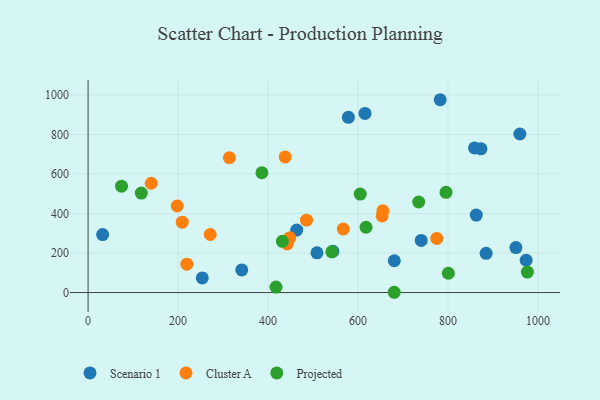
{"axis": {"x": "Investment", "y": "Profit"}, "legend": ["Cluster A", "Projected", "Scenario 1"], "data": [{"x": "32.3", "y": 293.5, "type": "Scenario 1"}, {"x": "884.8", "y": 198.6, "type": "Scenario 1"}, {"x": "973.8", "y": 163.6, "type": "Scenario 1"}, {"x": "544.2", "y": 209.1, "type": "Scenario 1"}, {"x": "680.7", "y": 161.0, "type": "Scenario 1"}, {"x": "341.6", "y": 114.4, "type": "Scenario 1"}, {"x": "862.9", "y": 392.3, "type": "Scenario 1"}, {"x": "959.8", "y": 802.7, "type": "Scenario 1"}, {"x": "615.5", "y": 907.0, "type": "Scenario 1"}, {"x": "951.0", "y": 227.8, "type": "Scenario 1"}, {"x": "253.8", "y": 73.9, "type": "Scenario 1"}, {"x": "873.3", "y": 727.8, "type": "Scenario 1"}, {"x": "740.5", "y": 264.1, "type": "Scenario 1"}, {"x": "859.0", "y": 732.3, "type": "Scenario 1"}, {"x": "578.6", "y": 887.4, "type": "Scenario 1"}, {"x": "782.7", "y": 976.3, "type": "Scenario 1"}, {"x": "508.8", "y": 201.1, "type": "Scenario 1"}, {"x": "463.7", "y": 316.3, "type": "Scenario 1"}, {"x": "438.1", "y": 686.9, "type": "Cluster A"}, {"x": "655.2", "y": 413.6, "type": "Cluster A"}, {"x": "653.6", "y": 388.2, "type": "Cluster A"}, {"x": "485.6", "y": 366.5, "type": "Cluster A"}, {"x": "567.3", "y": 321.7, "type": "Cluster A"}, {"x": "448.3", "y": 276.9, "type": "Cluster A"}, {"x": "219.6", "y": 143.9, "type": "Cluster A"}, {"x": "209.3", "y": 356.3, "type": "Cluster A"}, {"x": "314.1", "y": 682.4, "type": "Cluster A"}, {"x": "442.6", "y": 246.4, "type": "Cluster A"}, {"x": "271.5", "y": 293.8, "type": "Cluster A"}, {"x": "198.2", "y": 438.1, "type": "Cluster A"}, {"x": "140.4", "y": 553.3, "type": "Cluster A"}, {"x": "775.1", "y": 274.1, "type": "Cluster A"}, {"x": "976.5", "y": 103.8, "type": "Projected"}, {"x": "118.3", "y": 503.8, "type": "Projected"}, {"x": "431.9", "y": 259.2, "type": "Projected"}, {"x": "734.9", "y": 458.5, "type": "Projected"}, {"x": "74.3", "y": 538.8, "type": "Projected"}, {"x": "386.3", "y": 606.6, "type": "Projected"}, {"x": "617.8", "y": 330.6, "type": "Projected"}, {"x": "541.8", "y": 206.4, "type": "Projected"}, {"x": "680.5", "y": 1.4, "type": "Projected"}, {"x": "795.6", "y": 507.7, "type": "Projected"}, {"x": "604.9", "y": 498.4, "type": "Projected"}, {"x": "800.8", "y": 97.8, "type": "Projected"}, {"x": "417.7", "y": 27.9, "type": "Projected"}]}